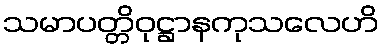
သမာပတ္တိဝုဋ္ဌာနကုသလေဟိ